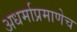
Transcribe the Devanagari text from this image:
अधर्माप्रमाणेच